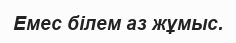
Емес білем аз жұмыс.